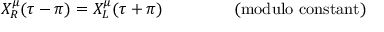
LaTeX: X _ { R } ^ { \mu } ( \tau - \pi ) = X _ { L } ^ { \mu } ( \tau + \pi ) \mathrm { ~ ~ ~ ~ ~ ~ ~ ~ ~ ~ ~ ~ ~ ( m o d u l o ~ c o n s t a n t ) }